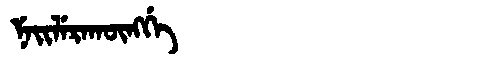
Manchu: ᠨᡝᡳᠯᡝᡵᠠᡴᡡᠩᡤᡝ
Romanization: NEILERAKŪNGGE